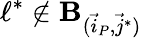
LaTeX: \ell^{*}\notin\mathbf{B}_{(\vec{{i}}_{P},\vec{{j}}^{*})}